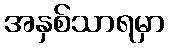
အနှစ်သာရမှာ